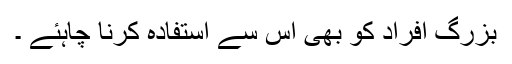
بزرگ افراد کو بھی اس سے استفادہ کرنا چاہئے ۔